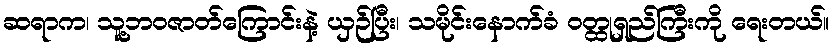
ဆရာက၊ သူ့ဘဝဇာတ်ကြောင်းနဲ့ ယှဉ်ပြီး၊ သမိုင်းနောက်ခံ ဝတ္ထုရှည်ကြီးကို ရေးတယ်။